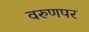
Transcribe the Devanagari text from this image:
वरुणपर